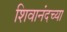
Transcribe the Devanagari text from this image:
शिवानंदच्या